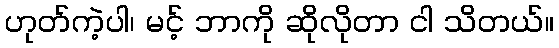
ဟုတ်ကဲ့ပါ၊ မင့် ဘာကို ဆိုလိုတာ ငါ သိတယ်။